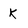
Character: k